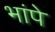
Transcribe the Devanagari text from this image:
भांपे